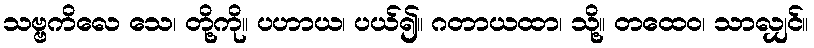
သဗ္ဗကိလေ သေ၊ တို့ကို။ ပဟာယ၊ ပယ်၍။ ဂတာယထာ၊ သို့။ တထေဝ၊ သာလျှင်။